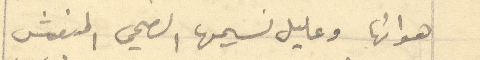
هوائها وعليل نسيمها الصحي المنعش